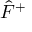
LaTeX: { \hat { F } } ^ { + }